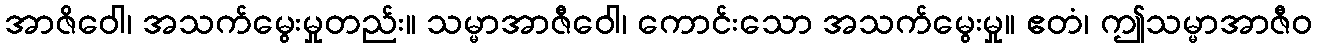
အာဇိဝေါ၊ အသက်မွေးမှုတည်း။ သမ္မာအာဇီဝေါ၊ ကောင်းသော အသက်မွေးမှု။ ဧတံ၊ ဤသမ္မာအာဇီဝ